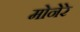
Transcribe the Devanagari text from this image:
मोनेरे